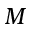
M